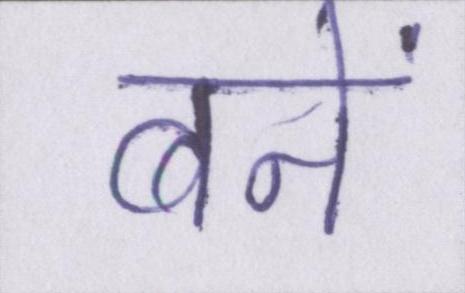
बनें